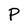
Character: P